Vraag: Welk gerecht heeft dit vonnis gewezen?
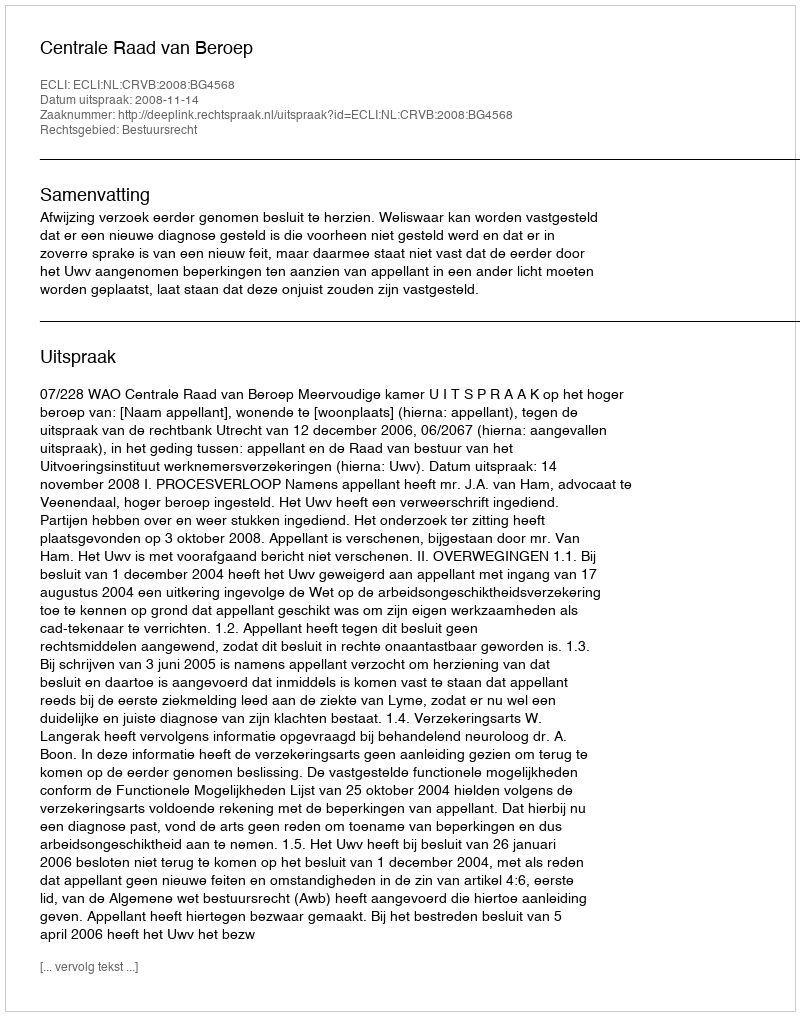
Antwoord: Centrale Raad van Beroep